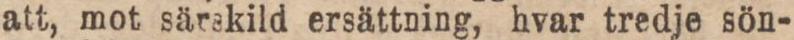
att, mot särskild ersättning, hvar tredje sön-